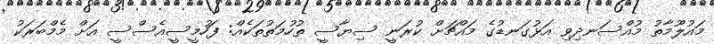
މައުލޫމާތު މުއްސަނދިވި އަޅުގަނޑުގެ މައްޗަށް ކުރަނީ ސިޔާސީ ތުހުމަތުތަކެއް: ފަހުމީސީއެސްސީ އަށް މެމްބަރަކު